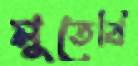
মুতেবি